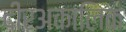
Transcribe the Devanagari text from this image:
दीरअकालिक